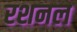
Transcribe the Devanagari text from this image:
रशनल